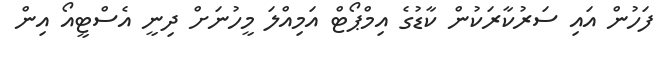
ފަހުން އައި ސަރުކާރަކުން ކާޑުގެ އިމްޕޯޓް އަމިއްލަ މީހުނަށް ދިނީ އެސްޓީއޯ އިން